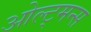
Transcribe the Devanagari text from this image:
ओल्ट्मन्स